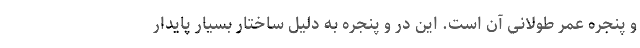
و پنجره عمر طولانی آن است. این در و پنجره به دلیل ساختار بسیار پایدار